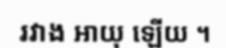
រវាង អាយុ ឡើយ ។